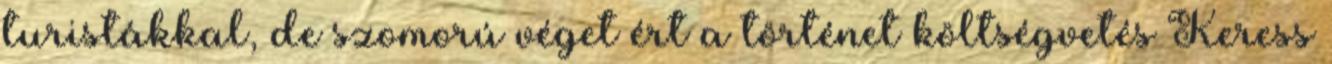
turistákkal, de szomorú véget ért a történet költségvetés Keress